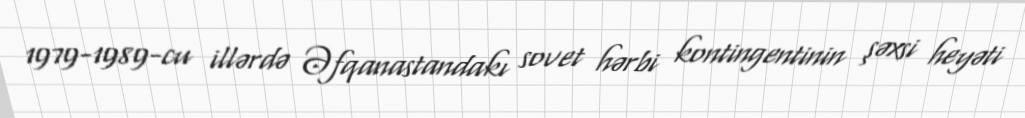
1979-1989-cu illərdə Əfqanastandakı sovet hərbi kontingentinin şəxsi heyəti